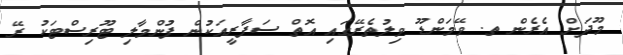
މޫދަށް އެެރެން ތ. ވޭމަންޑޫ ވިލުތެރޭގައި އޮތް ސަފާރީއަކުން ފުންމާލި ޓޫރިސްޓަކު ރޭ